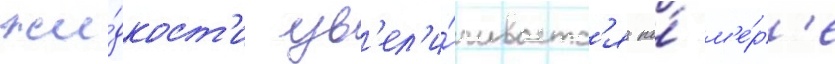
жи́дкост'и ув'ел'и́чиваетс'я по́ м'е́р'е